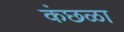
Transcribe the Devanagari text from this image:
कंछळा